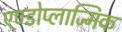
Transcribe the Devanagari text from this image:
एण्डोप्लाज्मिक